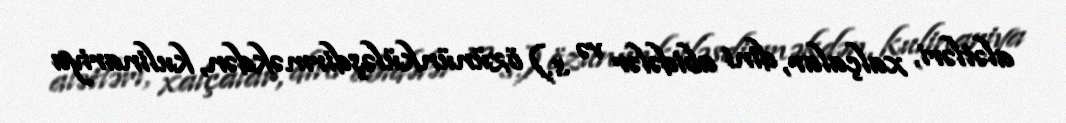
alətləri, xalçalar, dini abidələr və s.) özününküləşdirməkdən, kulinariya